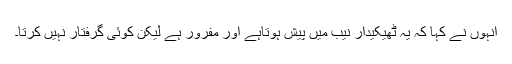
انہوں نے کہا کہ یہ ٹھیکیدار نیب میں پیش ہوتاہے اور مفرور ہے لیکن کوئی گرفتار نہیں کرتا۔